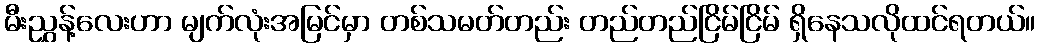
မီးညွှန့်လေးဟာ မျက်လုံးအမြင်မှာ တစ်သမတ်တည်း တည်တည်ငြိမ်ငြိမ် ရှိနေသလိုထင်ရတယ်။